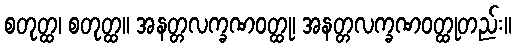
စတုတ္ထ၊ စတုတ္ထ။ အနတ္တလက္ခဏဝတ္ထု၊ အနတ္တလက္ခဏဝတ္ထုတည်း။